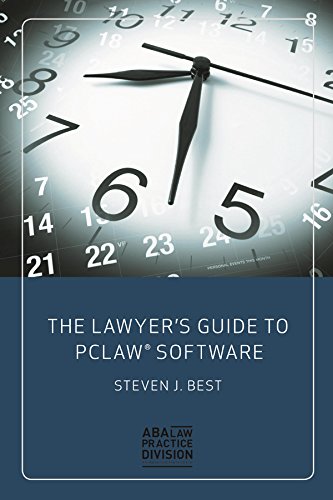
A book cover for The Lawyer's Guide to PCLaw Software; Steven J. Best; Computers & Technology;